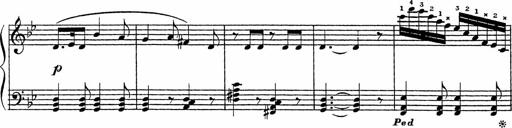
Title: Song of the River
Composer: Frederick Henry Pease